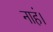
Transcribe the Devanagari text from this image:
नाहं।